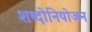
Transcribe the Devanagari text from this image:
शब्दोनियोजन